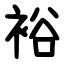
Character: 裕